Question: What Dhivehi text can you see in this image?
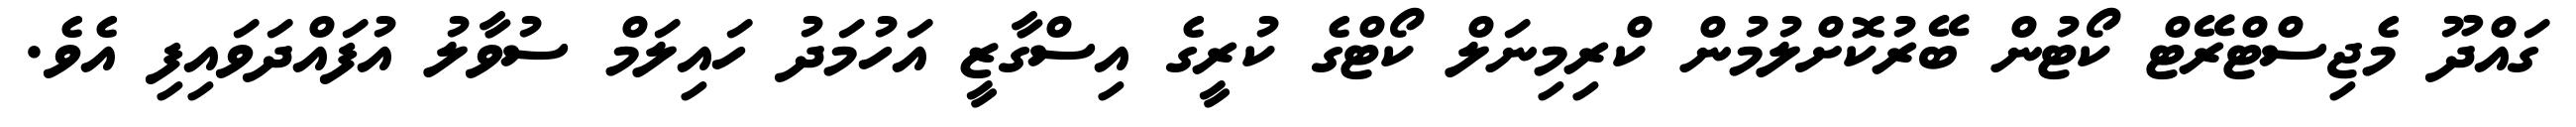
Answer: ގައްދޫ މެޖިސްޓްރޭޓް ކޯޓުން ބޭރުކޮށްލުމުން ކްރިމިނަލް ކޯޓްގެ ކުރީގެ އިސްގާޒީ އަހުމަދު ހައިލަމް ސުވާލު އުފައްދަވައިފި އެވެ.